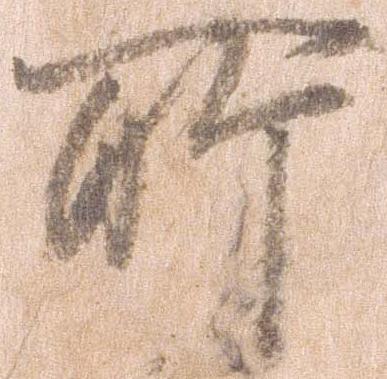
所